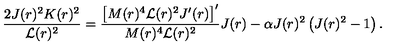
\frac { 2 J ( r ) ^ { 2 } K ( r ) ^ { 2 } } { \mathcal { L } ( r ) ^ { 2 } } = \frac { \left[ M ( r ) ^ { 4 } \mathcal { L } ( r ) ^ { 2 } J ^ { \prime } ( r ) \right] ^ { \prime } } { M ( r ) ^ { 4 } \mathcal { L } ( r ) ^ { 2 } } J ( r ) - \alpha J ( r ) ^ { 2 } \left( J ( r ) ^ { 2 } - 1 \right) .